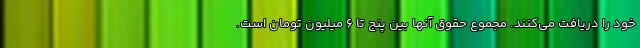
خود را دریافت می‌کنند. مجموع حقوق آنها بین پنج تا ۶ میلیون تومان است.